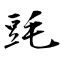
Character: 毭